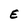
Character: E